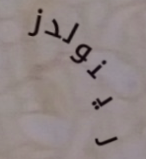
رينولدز